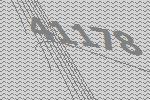
41178